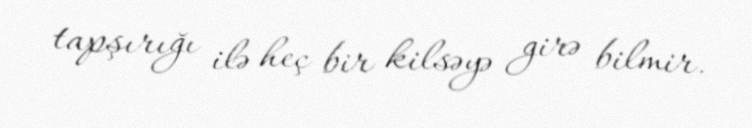
tapşırığı ilə heç bir kilsəyə girə bilmir.